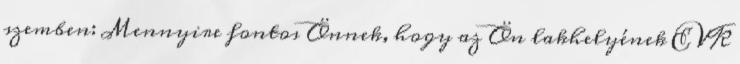
szemben: Mennyire fontos Önnek, hogy az Ön lakhelyének EVK